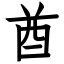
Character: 酋